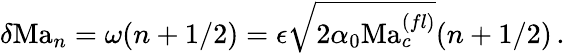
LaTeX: \delta\mathrm{Ma}_{n}=\omega(n+1/2)=\epsilon\sqrt{2\alpha_{0}\mathrm{Ma}_{c}^{(fl)}}(n+1/2)\, .\